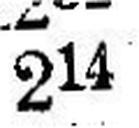
214